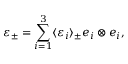
\boldsymbol \varepsilon _ { \pm } = \sum _ { i = 1 } ^ { 3 } \langle \varepsilon _ { i } \rangle _ { \pm } \boldsymbol e _ { i } \otimes \boldsymbol e _ { i } ,